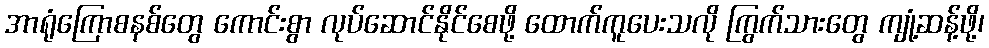
အာရုံကြောစနစ်တွေ ကောင်းစွာ လုပ်ဆောင်နိုင်စေဖို့ ထောက်ကူပေးသလို ကြွက်သားတွေ ကျုံ့ဆန့်ဖို့၊